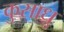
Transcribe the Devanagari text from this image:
कुसाधु